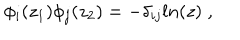
\phi _ { i } ( z _ { 1 } ) \phi _ { j } ( z _ { 2 } ) = - \delta _ { i j } l n ( z ) \; ,